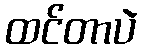
ထင်တာပဲ